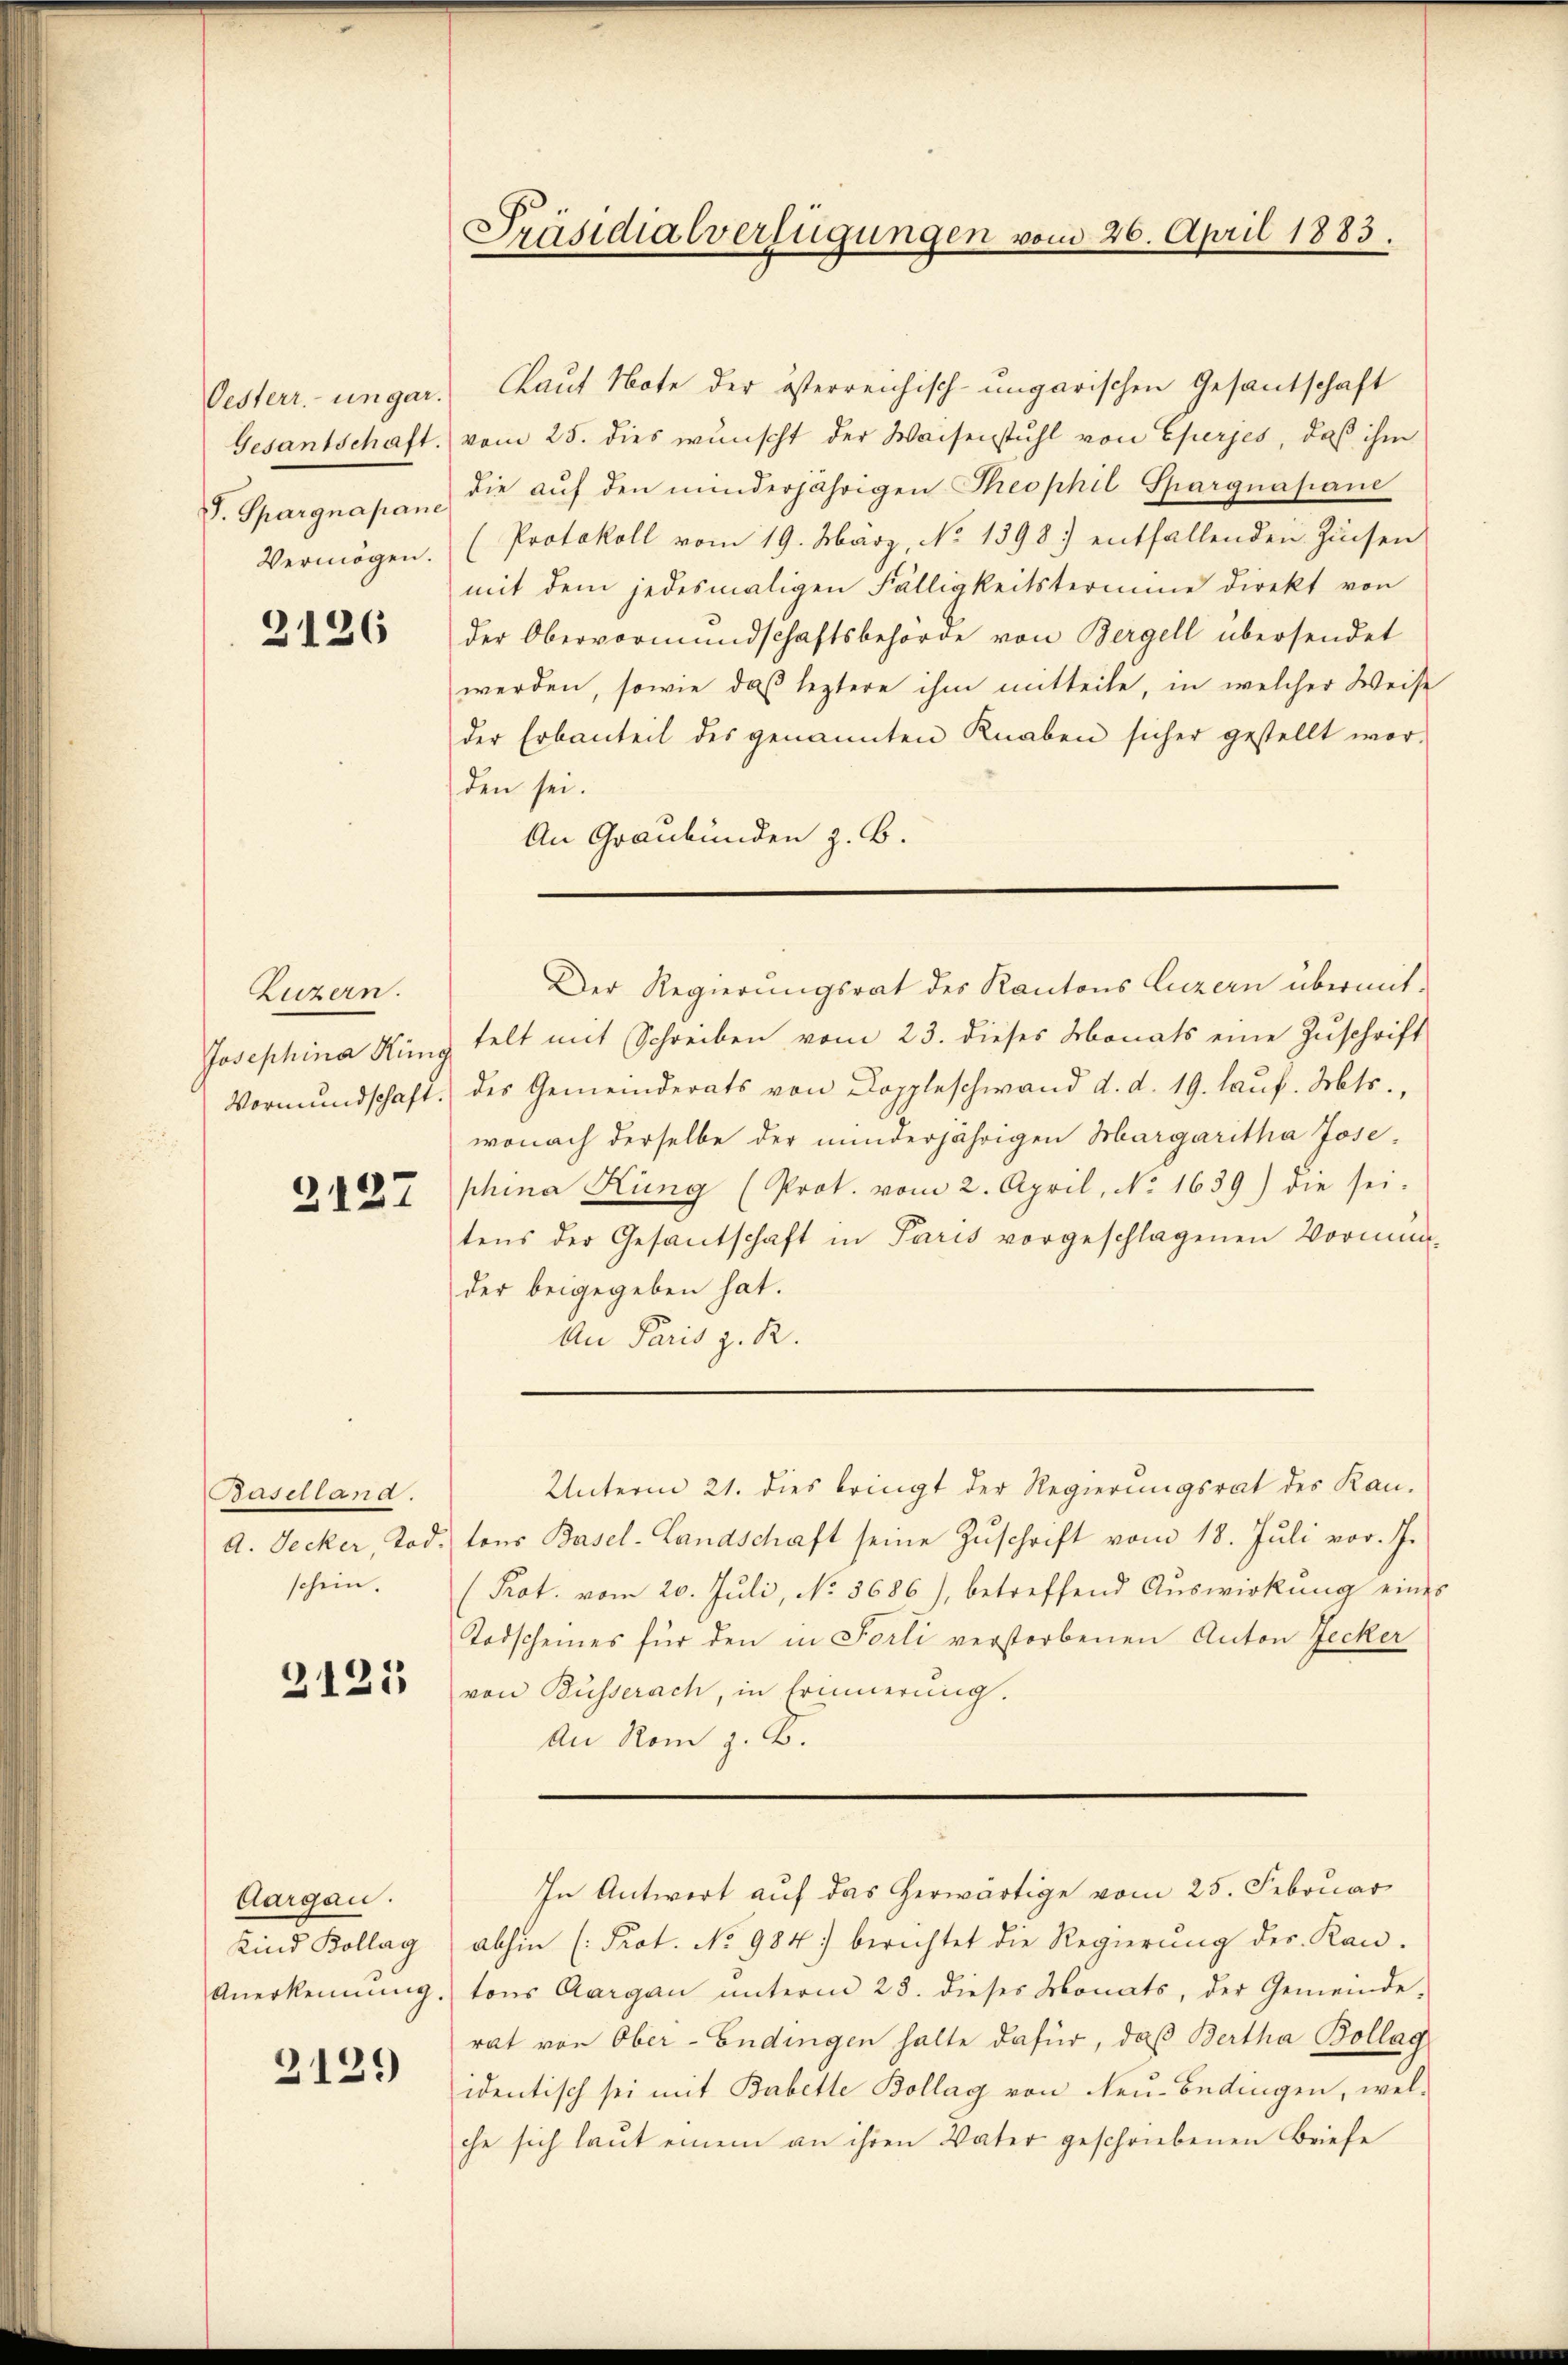
Oesterr. ungar.
Gesantschaft.
J. Spargnapane
Vermögen.

2126

Luzern.
Josephina Hina
Vormundschaft.

2127

Baselland.
A. Jecker, Tod.
schein.

2125

Aargau.
Kind Bollag
Anerkennung.

2129

Präsidialverfügungen vom 26. April 1883.

Lauf Note der österreichisch-ungarischen Gesantschaft
vom 25. dies wünscht der Waisenstuhl von Cherjes, daß ihm
die auf den minderjährigen Theophil Spargnapane
(Protokoll vom 19. März, No 1398. entfallenden Zinsen
mit dem jedesmaligen Fälligkeitstermine direkt von
der Obervormundschaftsbehörde von Bergell übersendet
werden, sowie daß leztere ihm mitteile, in welcher Weise
der Erbanteil des genannten Knaben sicher gestellt wor-
den sei.
An Graubünden z. B.
telt mit Schreiben vom 23. dieses Monats eine Zuschrift
des Gemeinderats von Doppleschwand d. d. 19. Lauf. Mts.,
wonach derselbe der minderjährigen Margaritha Jose
phina Küng (Prok. vom 2. April, No. 1639) die sei-
tens der Gesantschaft in Paris vorgeschlagenen Vormunder beigegeben hat.
An Paris z. R.
Unterm 21. dies bringt der Regierungsrat des Kan-
tons Basel-Landschaft seine Zuschrift vom 18. Juli vor. J.
(Prot. vom 20. Juli, No. 3686), betreffend Auswirkŭng eines
Todscheines für den in Sorti verstorbenen Anton Jecker
von Busserach, in Erinnerung.
An Rom z. B.
In Antwort auf das herwärtige vom 25. Februar
abhin (Prot. No 984. berichtet die Regierung der Kan-
tons Aargau unterm 28. dieses Monats, der Gemeinde-
rat von Ober-Endingen halte dafür, daß Bertha Bollag
identisch sei mit Babette Bollag von den Bedingen, welche sich laut einem an ihren Vater geschriebenen Briefe

Der Regierungsrat des Kantons Luzern übermit-